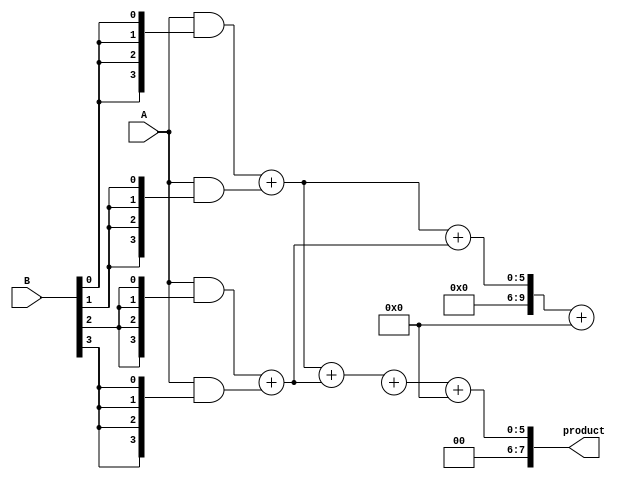
module wallace_tree_multiplier #(parameter N = 4) (
    input [N-1:0] A,
    input [N-1:0] B,
    output reg [2*N-1:0] product
);
    
    wire [N-1:0] pp [0:N-1]; // Partial products
    wire [N:0] sum [0:N-1]; // Sum outputs from CSAs
    wire [N:0] carry [0:N-1]; // Carry outputs from CSAs

    // Generate partial products
    genvar i, j;
    generate
        for (i = 0; i < N; i = i + 1) begin : pp_gen
            assign pp[i] = A & {N{B[i]}};
        end
    endgenerate

    // Wallace tree reduction using Carry-Save Adders (CSAs)
    // Stage 1: Combine pairs of partial products
    generate
        for (i = 0; i < N; i = i + 2) begin : stage1
            if (i + 1 < N) begin
                assign {carry[i/2 + 1], sum[i/2]} = pp[i] + pp[i+1];
            end else begin
                assign sum[i/2] = pp[i];
                assign carry[i/2 + 1] = 0;
            end
        end
    endgenerate

    // Stage 2: Continue reducing
    generate
        for (i = 0; i < (N+1)/2; i = i + 2) begin : stage2
            if (i + 1 < (N+1)/2) begin
                assign {carry[(i/2) + 1], sum[(i/2) + 1]} = sum[i] + sum[i + 1] + carry[i/2 + 1];
            end else begin
                assign sum[(i/2) + 1] = sum[i];
                assign carry[(i/2) + 1] = carry[i/2 + 1];
            end
        end
    endgenerate

    // Final addition
    wire [N:0] final_sum;
    wire [N:0] final_carry;

    assign final_sum = sum[0] + sum[1] + carry[0];
    assign final_carry = carry[1];

    always @(*) begin
        product = final_sum + final_carry;
    end

endmodule